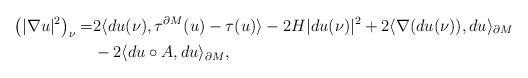
LaTeX: \begin{align*}\left(|\nabla u|^2\right)_{\nu}=& 2\langle du(\nu),\tau^{\partial M}(u)-\tau (u)\rangle-2H|du(\nu)|^2+2\langle \nabla(du(\nu)),du\rangle_{\partial M}\\&-2\langle du\circ A,du\rangle_{\partial M},\end{align*}